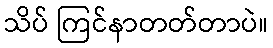
သိပ် ကြင်နာတတ်တာပဲ။